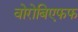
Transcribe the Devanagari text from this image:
वोरोबिएफफ